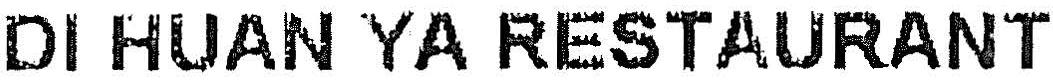
DI HUAN YA RESTAURANT